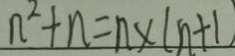
n ^ { 2 } + n = n \times ( n + 1 )